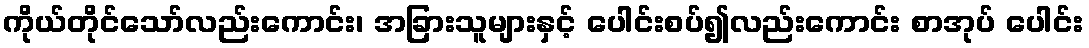
ကိုယ်တိုင်သော်လည်းကောင်း၊ အခြားသူများနှင့် ပေါင်းစပ်၍လည်းကောင်း စာအုပ် ပေါင်း